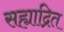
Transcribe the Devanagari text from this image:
सह्याद्रित